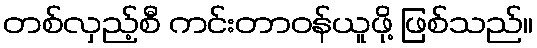
တစ်လှည့်စီ ကင်းတာဝန်ယူဖို့ ဖြစ်သည်။